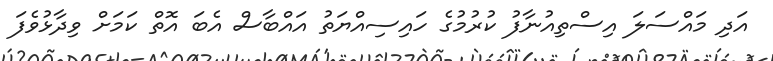
އަދި މައްސަލަ އިސްތިއުނާފު ކުރުމުގެ ހައިސިއްޔަތު އައްބާސް އެބަ އޮތް ކަމަށް ވިދާޅުވެފަ